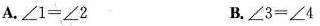
A. $$\angle 1＝\angle2$$ B.$$ \angle 3＝\angle 4$$